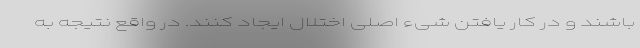
باشند و در کار یافتن شیء اصلی اختلال ایجاد کنند. در واقع نتیجه به